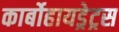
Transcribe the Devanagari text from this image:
कार्बोहायड्रेट्रस